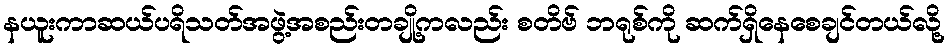
နယူးကာဆယ်ပရိသတ်အဖွဲ့အစည်းတချို့ကလည်း စတိဗ် ဘရုစ်ကို ဆက်ရှိနေစေချင်တယ်လို့